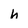
Character: h